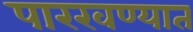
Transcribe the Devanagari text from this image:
पारखण्यात